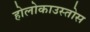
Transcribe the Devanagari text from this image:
होलोकाउस्तोस